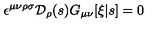
\epsilon ^ { \mu \nu \rho \sigma } { \cal D } _ { \rho } ( s ) G _ { \mu \nu } [ \xi | s ] = 0